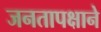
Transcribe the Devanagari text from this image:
जनतापक्षाने